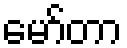
မော်တာ